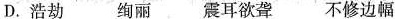
D.浩劫 绚丽 震耳欲聋 不修边幅